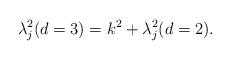
LaTeX: \begin{align*}\lambda_{j}^2(d=3)=k^2+\lambda_{j}^2(d=2).\end{align*}